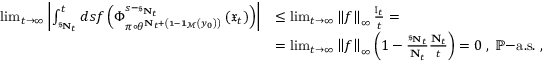
\begin{array} { r l } { \operatorname* { l i m } _ { t \rightarrow \infty } \left\vert \int _ { \mathfrak { s } _ { \mathbf { N } _ { t } } } ^ { t } d s f \left( \Phi _ { \pi \circ \theta ^ { \mathbf { N } _ { t } + \left( 1 - \mathbf { 1 } _ { \mathcal { M } } \left( y _ { 0 } \right) \right) } } ^ { s - \mathfrak { s } _ { \mathbf { N } _ { t } } } \left( \mathfrak { x } _ { t } \right) \right) \right\vert } & { \leq \operatorname* { l i m } _ { t \rightarrow \infty } \left\Vert f \right\Vert _ { \infty } \frac { \mathfrak { l } _ { t } } { t } = } \\ & { = \operatorname* { l i m } _ { t \rightarrow \infty } \left\Vert f \right\Vert _ { \infty } \left( 1 - \frac { \mathfrak { s } _ { \mathbf { N } _ { t } } } { \mathbf { N } _ { t } } \frac { \mathbf { N } _ { t } } { t } \right) = 0 \; , \; \mathbb { P } \mathrm { - a . s . } \ , } \end{array}